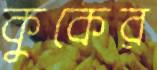
কুকের